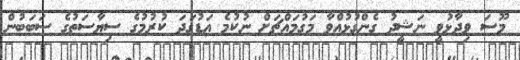
މޫސަ ވިދާޅުވީ ނަޝީދު ގެންގުޅުއްވާ މަގުމައްޗަށް ނުކުމެ އަޑުގަދަ ކުރުމުގެ ސިޔާސަތުގެ ސަބަބުން